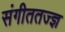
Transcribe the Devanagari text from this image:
संगीततज्ज्ञ